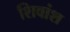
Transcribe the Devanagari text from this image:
शिवांश